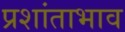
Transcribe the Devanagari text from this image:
प्रशांताभाव